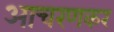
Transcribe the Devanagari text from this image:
आचरणकर